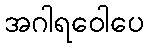
အဂါရဝေါပေ